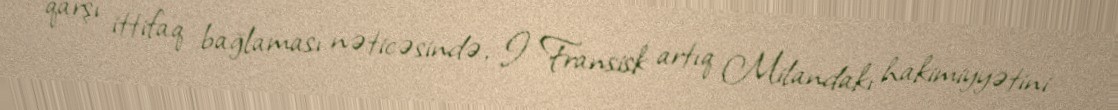
qarşı ittifaq bağlaması nəticəsində, I Fransisk artıq Milandakı hakimiyyətini